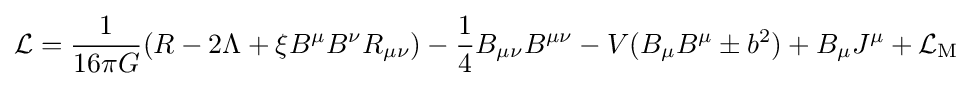
{\mathcal {L}}={\frac {1}{16\pi G}}(R-2\Lambda +\xi B^{\mu }B^{\nu }R_{\mu \nu })-{\frac {1}{4}}B_{\mu \nu }B^{\mu \nu }-V(B_{\mu }B^{\mu }\pm b^{2})+B_{\mu }J^{\mu }+{\mathcal {L}}_{\rm {M}}